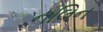
નલિન